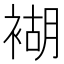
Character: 𧛞